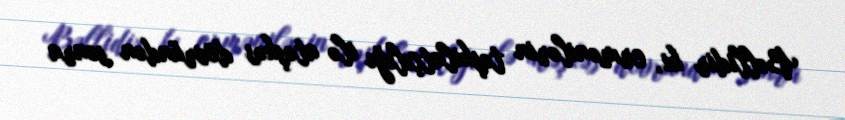
Bəllidir ki, ermənilərin təşkilatçılığı ilə atəşkəs dövründən sonra